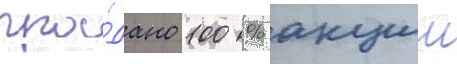
про́дано 100 % акции